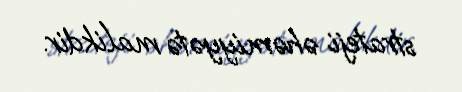
strateji əhəmiyyətə malikdir.